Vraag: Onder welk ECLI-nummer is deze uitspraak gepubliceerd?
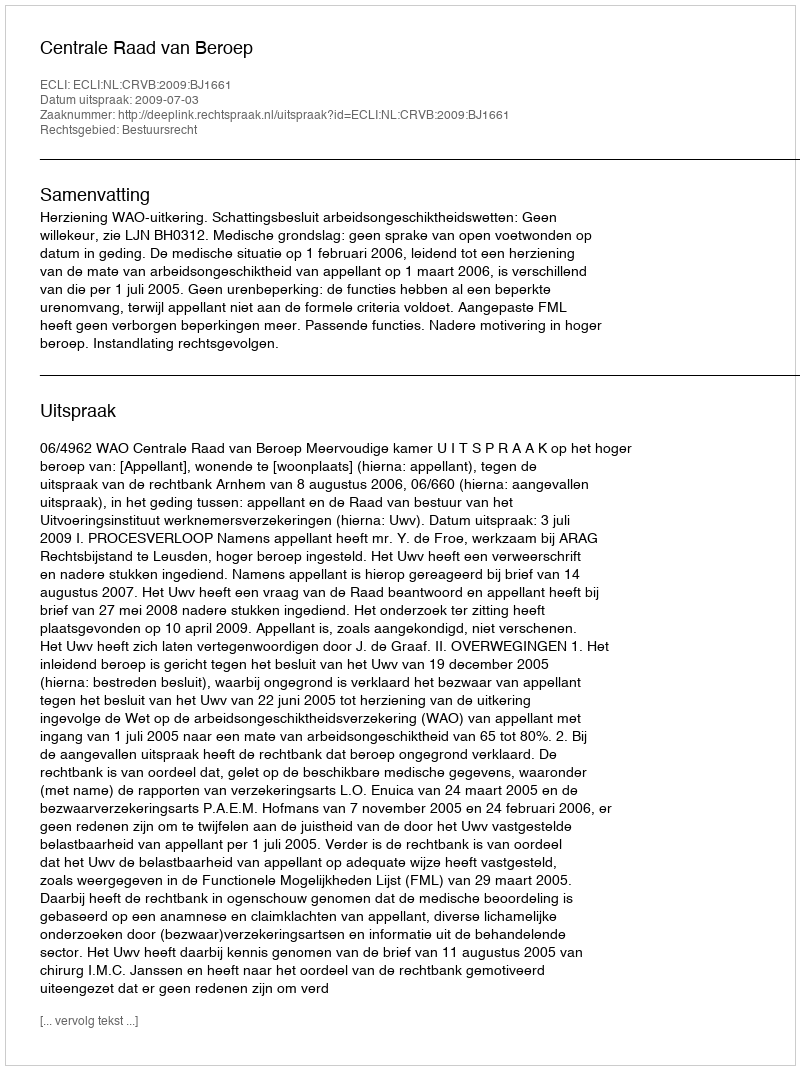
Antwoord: ECLI:NL:CRVB:2009:BJ1661